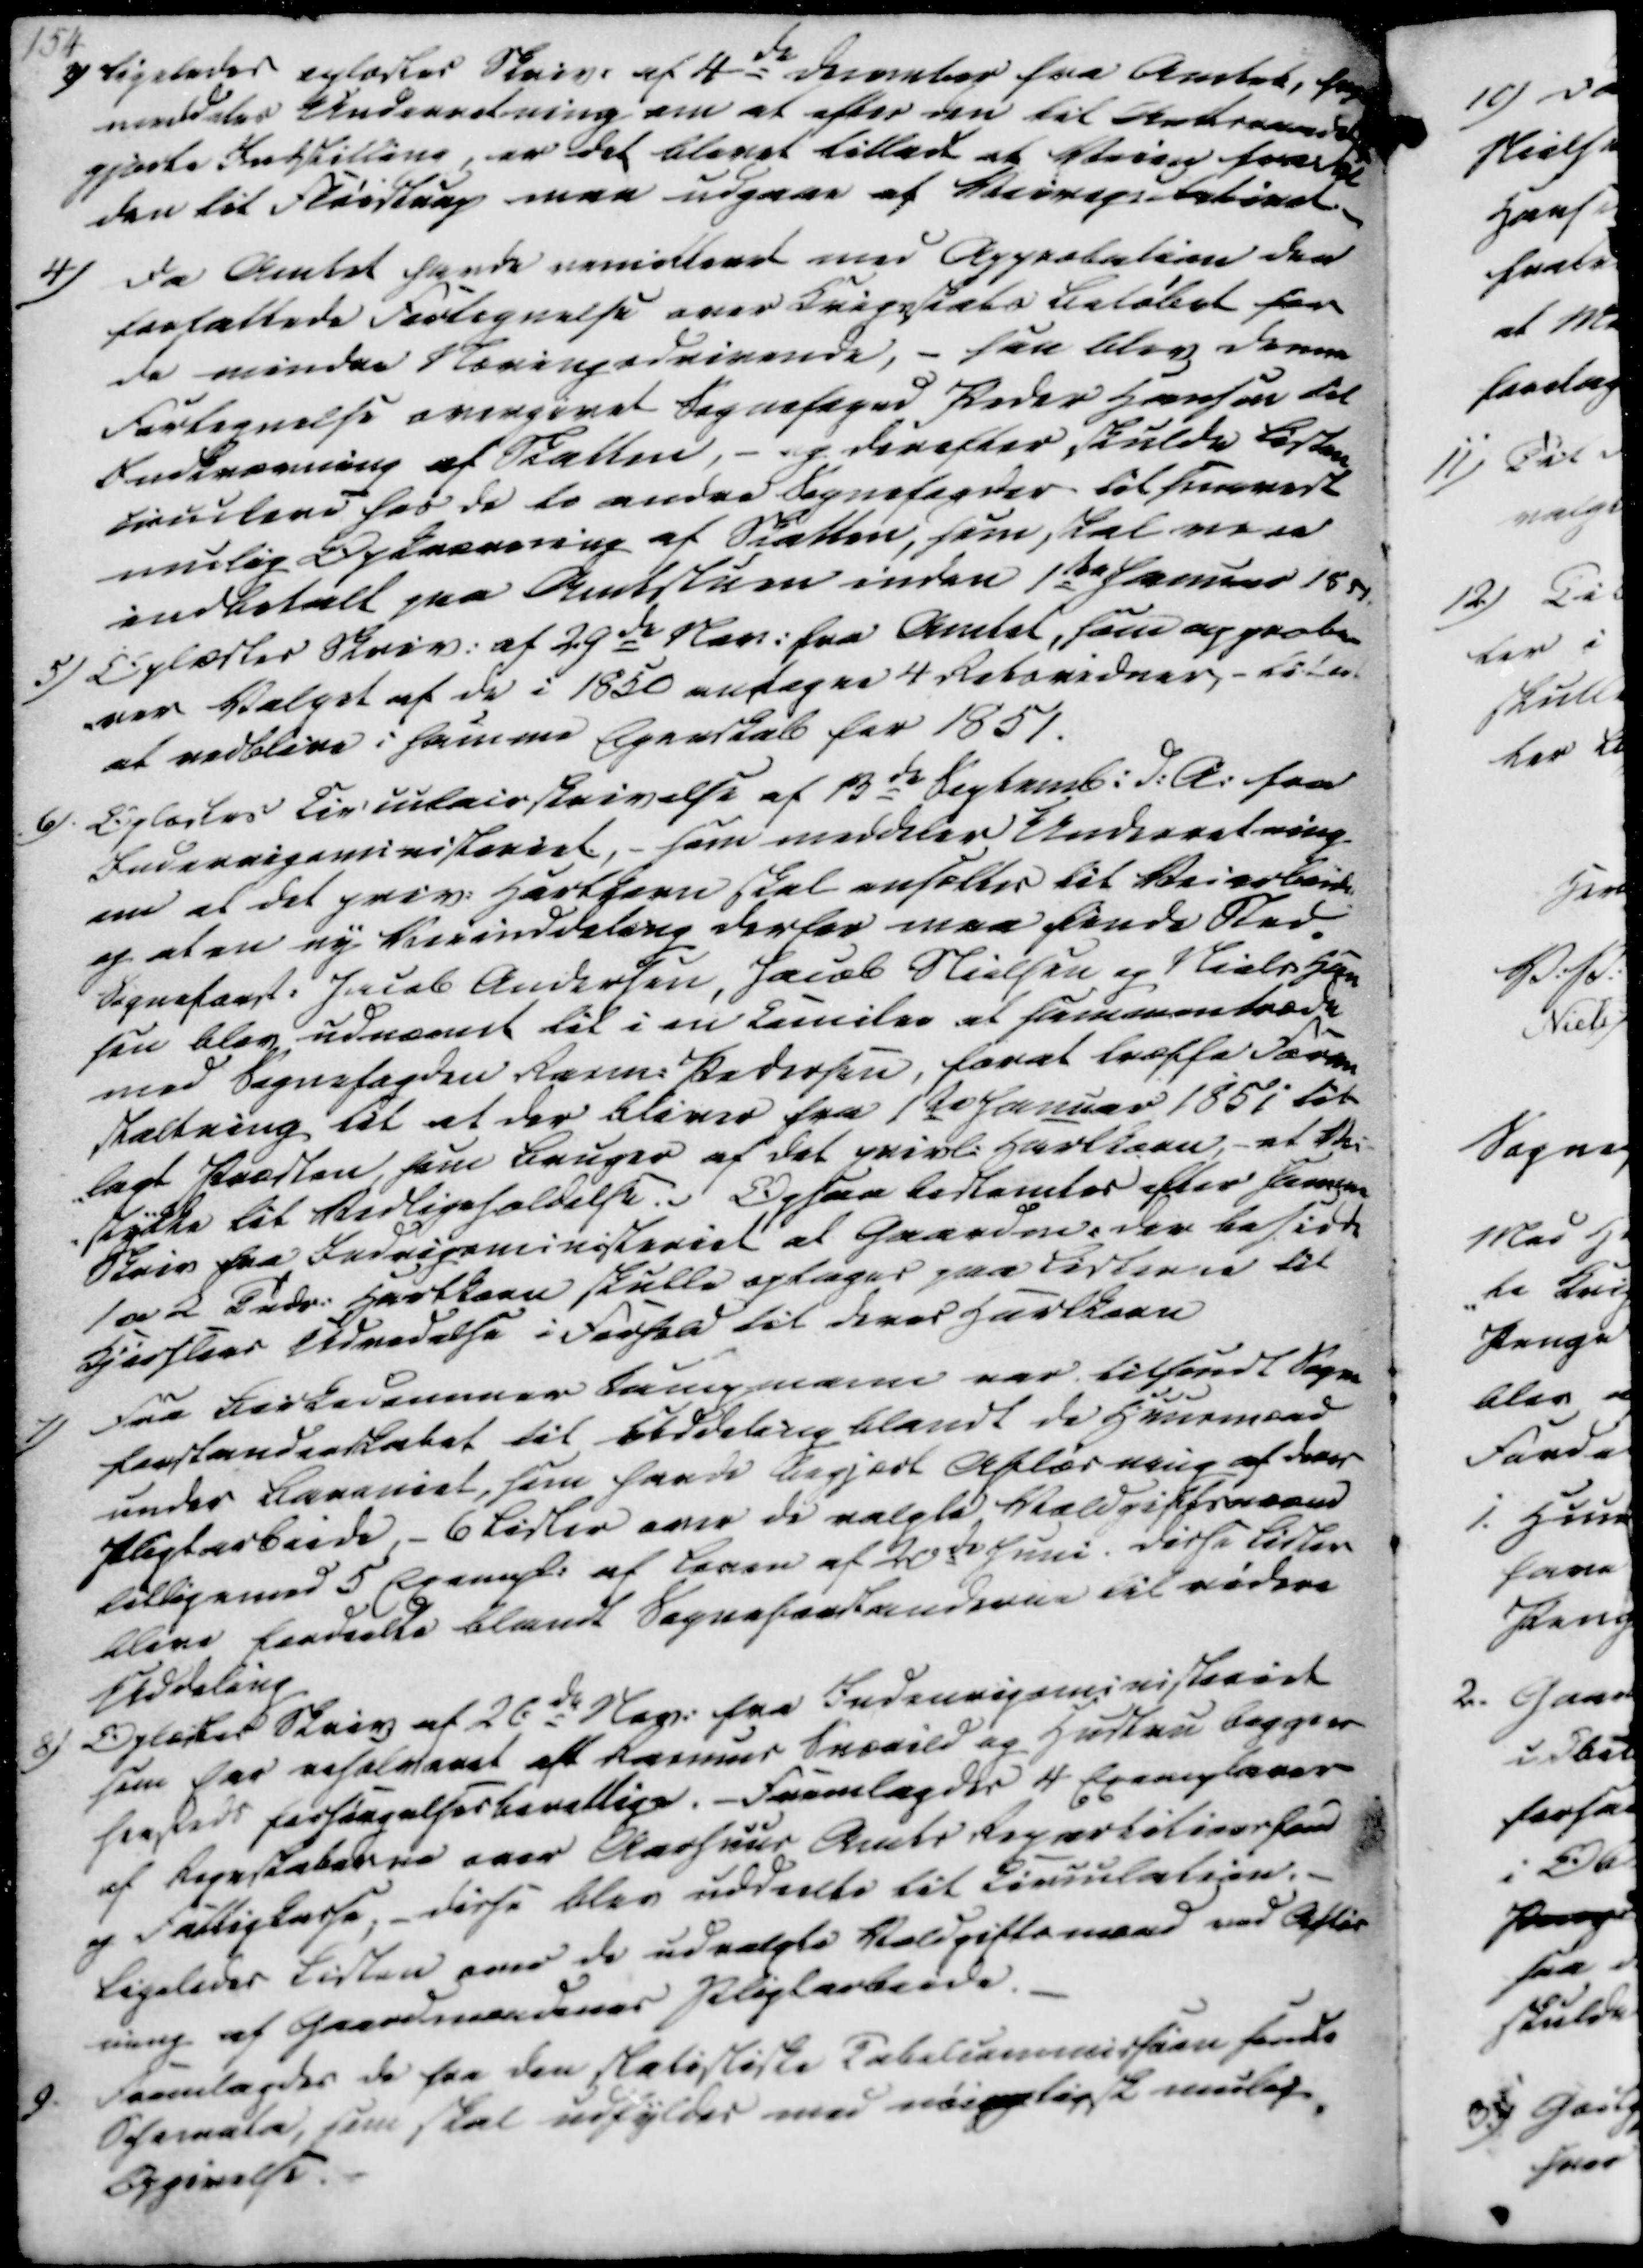
Transskription:
3) Ligeledes oplæstes Skriv. af 4de December fra Amtet hvori
meddeles Underretning om at efter den til Andravede
gjorte Indstilling, er det blevet tilladt at Veien fra Ful
den til Fløistrup maa udgaae af Veirepskabinet.
4) Da Amtet havde remitteret med Approbation der
forfattede Forlignelse over Krigsskabs Beløbet for
de mindre Næringsdrivende, - saa blev Denne
Fortegnelse overgivet Sognefoged Peder Hansen til
Indkrævning af Skatten, - og derefter skulde Listen
circulere hos de to andre Sognefogder til snarest
mulig Opkrævning af Skatten, som skal vere
indbetalt paa Amtstuen inden 1te Januar 1851.
5) Oplæstes Skriv. af 29de Nov. fra Amtet, som approbe-
rer Valget af de i 1850 antagne 4 Retsvidner,- Litert
at vedblive i samme Egenskab for 1851.
6). Oplæstes Circulairskrivelse af 13de Septemb. d.A. fra
Indenrigsministeriet, - som meddeler Underretning
om at det priv. Hartkorn skal ansættes til Veiarbeide
og at en ny Veiinddeling derfor maa finde Sted
Sogneforst. Jacob Andersen, Jacob Nielsen og Niels Han
sen blev udnævnt til i en Cicuilar at sammentræde
med Sognefogden Rasm. Pedersen, forat træffe Foran
staltning til at der bliver fra 1ste Januar 1851 til-
-lagt Præsten, som Bruger af det privl. Hartkore, et Vei-
-stykke til Vedligeholdelse. Ogsaa bestemtes efter samme
Skriv fra Indrigsminssteriet at Gaardm. der besidde
1 a 2 Tndr. Hartkorn skulle optages paa Listerne til
Kjirslens Udvedelse i Forhold til deres Hartkorn
7) Fra Birkedommer Kampmann var tilsendt Sogne
forstanderskabet til Uddeling blandt de Huusmænd
under Baraniet, som havde begjært Aflæsning af deres
Pligtarbeide,- 6 Lister over de valgte Voldgiftsmænd
tilligemed 5 Exempl. af Loven af 20de Juni. Disse Lister
blive fordeelte blandt Sogneforstanderne til videre
Uddeling
8) Oplæstes Skriv af 26de Nov. fra Indenrigsministeriet
som har resolveret at Rasmus Snævild og Hustru begge er
hersteds forsørgelsesberettige. - Fremlagdes 4 Exemplarer
af Regnskaberne over Aarhuus Amts Repartitionsfond
og Fattigkasse; - disse blev uddeelte til Circulation.
Ligeledes Listen over de udvalgte Voldgiftsmænd ved Afløs
ning af Gaardmændenes Pligtarbeide.
9. Fremlagdes de fra den stelistiske Tabelcommission havde
Sefemala, som skal udfyldes med nøiagtigsk mulig
Opgivelse.